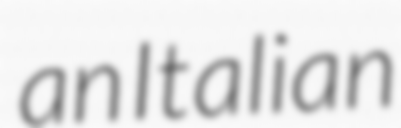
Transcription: an Italian